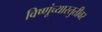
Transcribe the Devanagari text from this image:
विष्णूंच्यास्तुतीवर